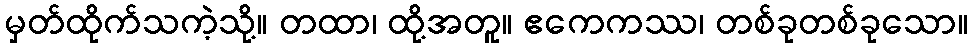
မှတ်ထိုက်သကဲ့သို့။ တထာ၊ ထို့အတူ။ ဧကေကဿ၊ တစ်ခုတစ်ခုသော။